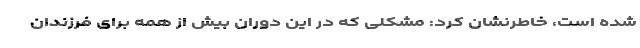
شده است، خاطرنشان کرد: مشکلی که در این دوران بیش از همه برای فرزندان